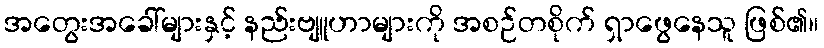
အတွေးအခေါ်များနှင့် နည်းဗျူဟာများကို အစဉ်တစိုက် ရှာဖွေနေသူ ဖြစ်၏။